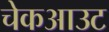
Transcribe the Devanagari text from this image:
चेकआउट